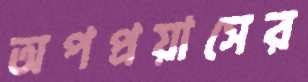
অপপ্রয়াসের